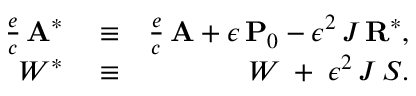
\begin{array} { r l r } { \frac { e } { c } \, { \bf A } ^ { * } } & { { } \equiv } & { \frac { e } { c } \, { \bf A } + \epsilon \, { \bf P } _ { 0 } - \epsilon ^ { 2 } \, J \, { \bf R } ^ { * } , } \\ { W ^ { * } } & { { } \equiv } & { W \; + \; \epsilon ^ { 2 } \, J \, { \cal S } . } \end{array}